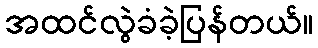
အထင်လွဲခံခဲ့ပြန်တယ်။